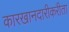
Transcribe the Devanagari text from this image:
कारखानदारीकरीता